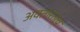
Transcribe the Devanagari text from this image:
अवतारतत्व